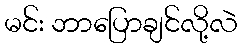
မင်း ဘာပြောချင်လို့လဲ